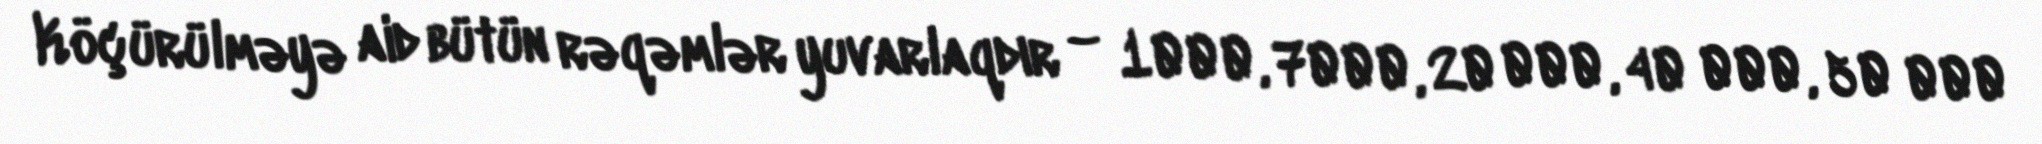
Köçürülməyə aid bütün rəqəmlər yuvarlaqdır – 1000, 7000, 20 000, 40 000, 50 000